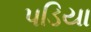
પડિયા